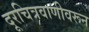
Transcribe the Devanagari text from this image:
दूरचित्रवाणीवरून